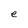
Character: e